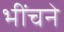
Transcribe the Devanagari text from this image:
भींचने